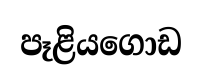
පෑළියගොඩ